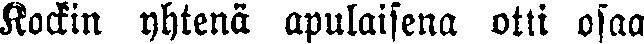
Kockin yhtenä apulaisena otti osaa